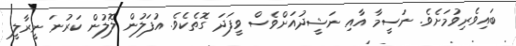
ބައިވެރިވުމަށެވެ. ނަސީމާ އާއި ނަޝީދުއަށްވެސް ވީފަދަ ގޮތެކެވެ. އުފަލުން ލޮލުން ކަރުނަ ނީރާލީ